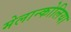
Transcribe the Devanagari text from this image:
मेलान्कोलिया